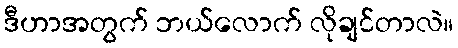
ဒီဟာအတွက် ဘယ်လောက် လိုချင်တာလဲ။